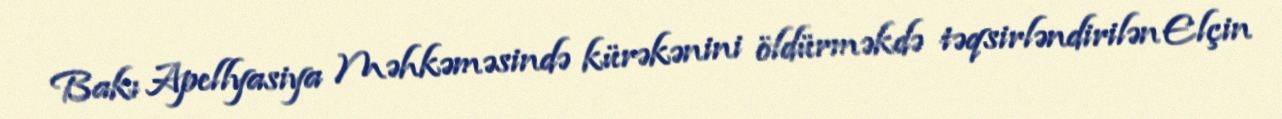
Bakı Apellyasiya Məhkəməsində kürəkənini öldürməkdə təqsirləndirilən Elçin